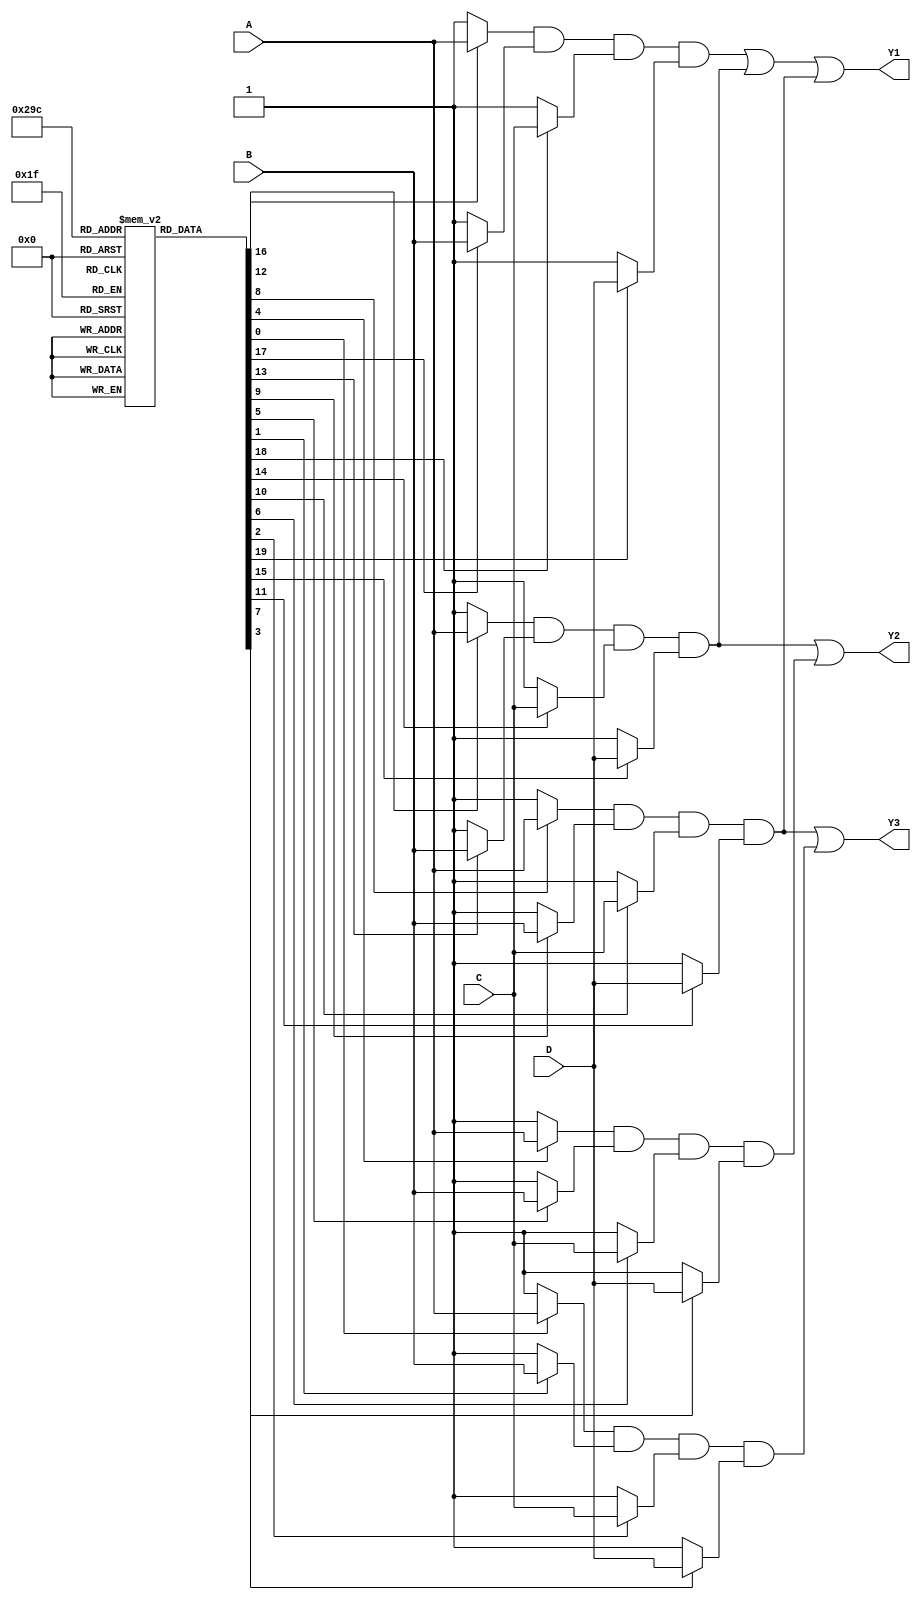
module MaskedPAL (
    input wire A,     // Input A
    input wire B,     // Input B
    input wire C,     // Input C
    input wire D,     // Input D
    output wire Y1,   // Output Y1
    output wire Y2,   // Output Y2
    output wire Y3    // Output Y3
);

// Parameters for number of AND gates and outputs
parameter NUM_AND_GATES = 8; // Example with 8 AND gates
parameter NUM_OUTPUTS = 3;    // Example with 3 outputs

// Programmable input connections for AND gates (example)
// Each row corresponds to an AND gate configuration.
reg [3:0] AND_inputs [0:NUM_AND_GATES-1]; // 4 inputs for each AND gate
reg [NUM_AND_GATES-1:0] AND_outputs; // Outputs from AND gates

// Initialize the AND gate connections (programmable part)
initial begin
    // Example configurations for AND gates
    AND_inputs[0] = 4'b1110; // AND gate 0 connects to A, B, C
    AND_inputs[1] = 4'b1101; // AND gate 1 connects to A, B, D
    AND_inputs[2] = 4'b1011; // AND gate 2 connects to A, C, D
    AND_inputs[3] = 4'b0111; // AND gate 3 connects to B, C, D
    AND_inputs[4] = 4'b1000; // AND gate 4 connects to A
    AND_inputs[5] = 4'b0100; // AND gate 5 connects to B
    AND_inputs[6] = 4'b0010; // AND gate 6 connects to C
    AND_inputs[7] = 4'b0001; // AND gate 7 connects to D
end

// AND Array Logic
genvar i;
generate
    for (i = 0; i < NUM_AND_GATES; i = i + 1) begin : AND_logic
        assign AND_outputs[i] = 
            (AND_inputs[i][0] ? A : 1'b1) & 
            (AND_inputs[i][1] ? B : 1'b1) & 
            (AND_inputs[i][2] ? C : 1'b1) & 
            (AND_inputs[i][3] ? D : 1'b1);
    end
endgenerate

// OR Array Logic
assign Y1 = AND_outputs[0] | AND_outputs[1] | AND_outputs[2]; // Output 1
assign Y2 = AND_outputs[1] | AND_outputs[3];                   // Output 2
assign Y3 = AND_outputs[2] | AND_outputs[4];                   // Output 3

endmodule